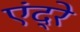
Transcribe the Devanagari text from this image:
एंद्रे